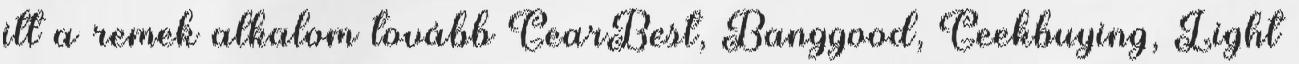
itt a remek alkalom tovább GearBest, Banggood, Geekbuying, Light